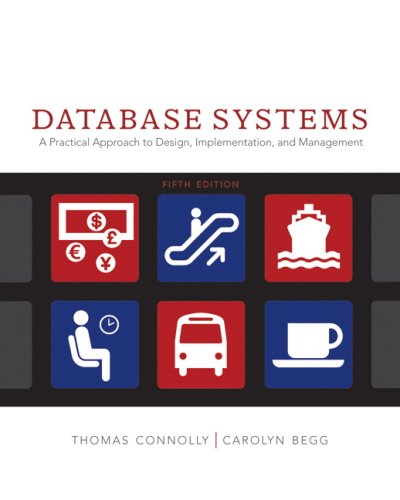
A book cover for Database Systems: A Practical Approach to Design, Implementation and Management (5th Edition); Thomas M. Connolly; Computers & Technology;